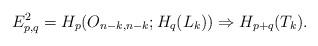
LaTeX: \begin{align*}E^{2}_{p,q} = H_{p}(O_{n-k, n-k}; H_{q}(L_{k})) \Rightarrow H_{p+q}(T_{k}). \end{align*}